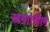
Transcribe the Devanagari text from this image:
खडांतील